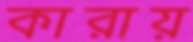
কারায়